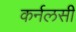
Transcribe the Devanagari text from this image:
कर्नलसी